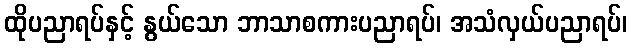
ထိုပညာရပ်နှင့် နွယ်သော ဘာသာစကားပညာရပ်၊ အသံလှယ်ပညာရပ်၊